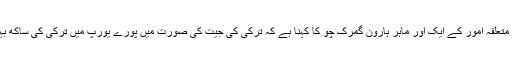
ترکی سے متعلقہ امور کے ایک اور ماہر ہارون گُمرُک چو کا کہنا ہے کہ ترکی کی جیت کی صورت میں پورے یورپ میں ترکی کی ساکھ بہتر ہو گی ۔